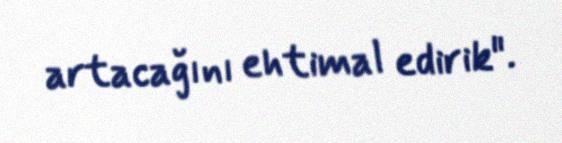
artacağını ehtimal edirik".